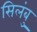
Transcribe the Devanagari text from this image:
सिलंबु